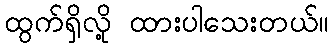
ထွက်ရှိလို့ ထားပါသေးတယ်။